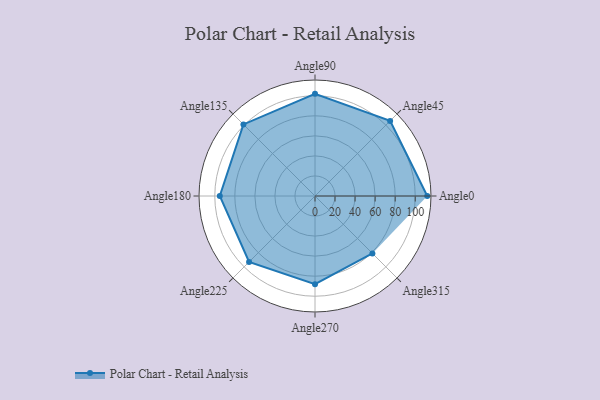
{"axis": {"x": "Angle", "y": "Radius"}, "legend": [""], "data": [{"x": "Angle0", "y": 112.0, "type": ""}, {"x": "Angle45", "y": 106.0, "type": ""}, {"x": "Angle90", "y": 102.0, "type": ""}, {"x": "Angle135", "y": 101.0, "type": ""}, {"x": "Angle180", "y": 95.0, "type": ""}, {"x": "Angle225", "y": 93.0, "type": ""}, {"x": "Angle270", "y": 88.0, "type": ""}, {"x": "Angle315", "y": 81.0, "type": ""}]}